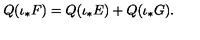
{ Q } ( \iota _ { * } { F } ) = { Q } ( \iota _ { * } { E } ) + { Q } ( \iota _ { * } { G } ) .